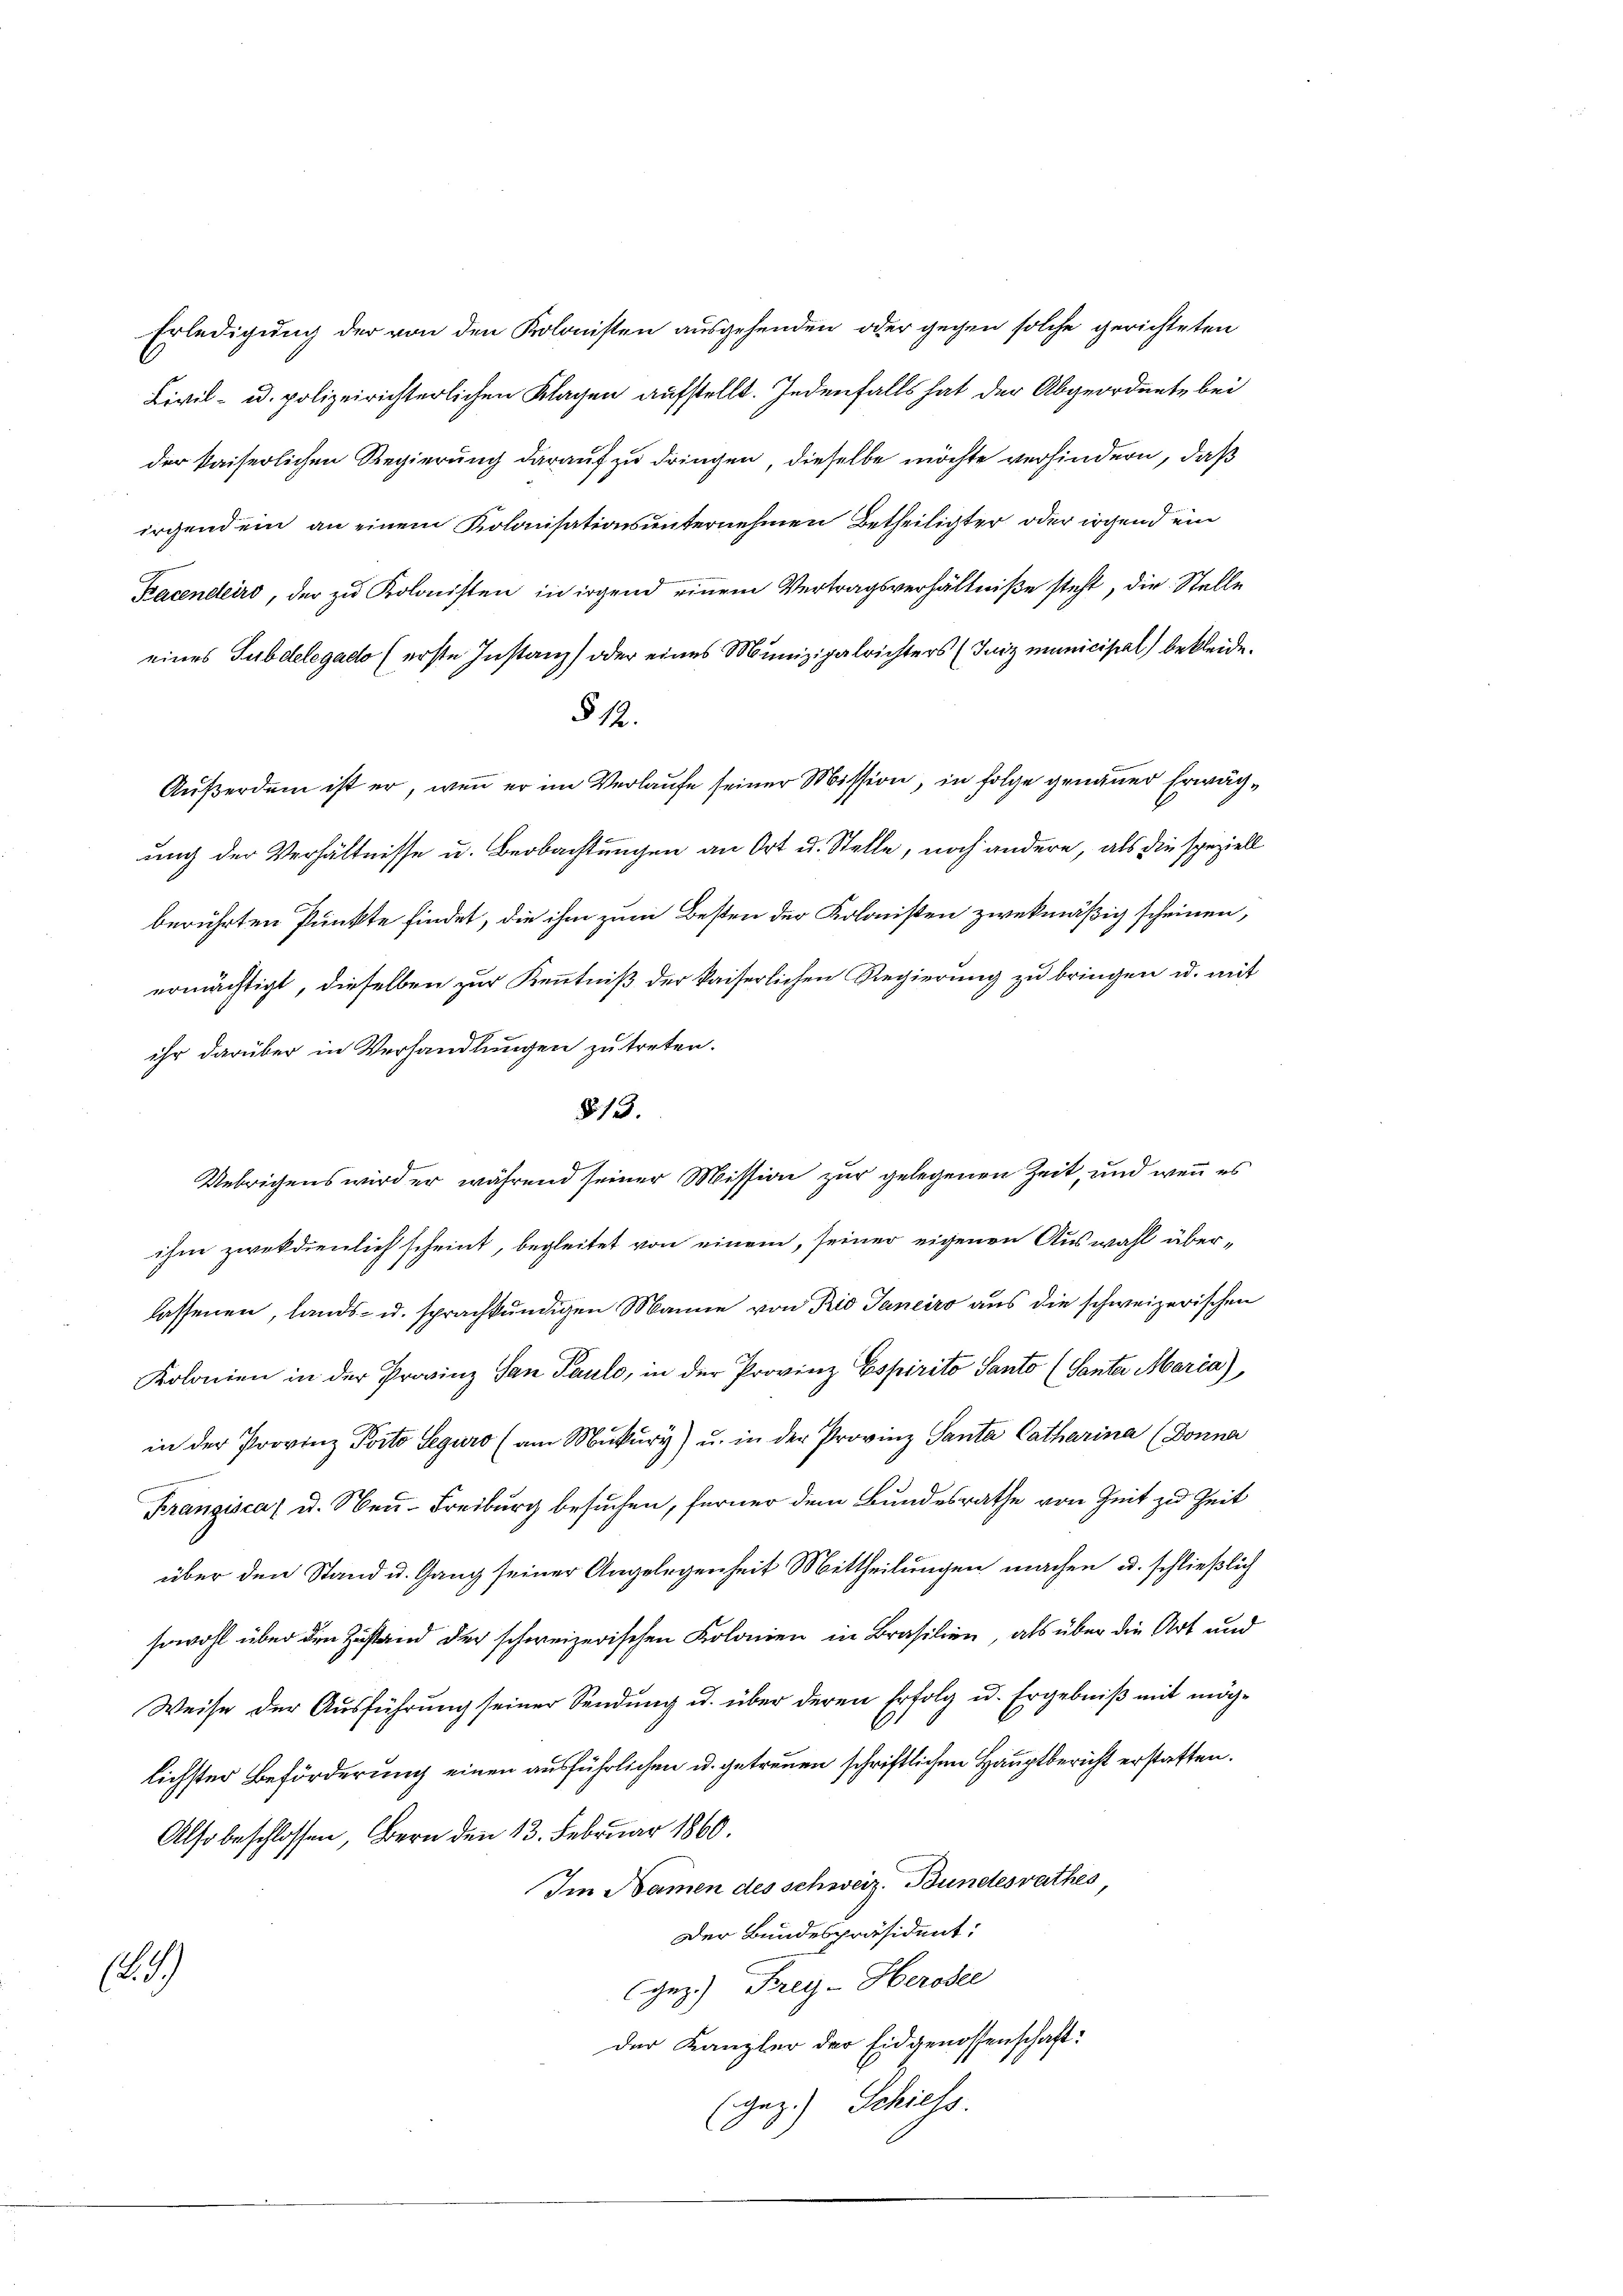
Erledigung der von den Kolonisten ausgehenden oder gegen solche gerichteten
Civil- u. polizeirichterlichen Klagen aufstellt. Jedenfalls hat der Abgeordnete bei
der kaiserlichen Regierung darauf zu dringen, dieselbe möchte verhindern, daß
irgendem an einem Kolonisationsunternehmen Betheiligter oder irgend ein
Kacendeiro, der zŭ Kolonisten in irgend einem Vertragsverhältniße steht, die Stelle
eines Subdelegatte (erste Instanz) oder eines Munizipalrichters (Juiz municipial) bekleide.
§ 12.
Außerdem ist er, wenn er im Verlaufe seiner Mission, in Folge genauer Erwächung der Verhältnisse u. Beobachtungen an Ort u. Stelle, noch andere, als die speziell
berührten Punkte findet, die ihm zum Besten der Kolonisten zwekmäßig scheinen,
ermächtigt, dieselben zur Kenntniß der kaiserlichen Regierung zu bringen u. mit
ihr darüber in Verhandlungen zu treten.
§. 13.
Uebrigens wird er während seiner Mission zur gelegenen Zeit, und wenn es
ihm zwekdienlich scheint, begleitet von einem, seiner eigenen Auswahl überlassenen, lands- u. sprachkundigen Manne von Rio Janeiro aus die schweizerischen
Kolonien in der Provinz San Pauls, in der Provinz Espirito Santo (Sante Maria),
in der Provinz Porto Leguro (am Mŭkŭry) u. in der Provinz Santa Catharina (Donna
Krangisca u. Neu-Freiburg besuchen, ferner dem Bundesrathe von Zeit zu Zeit
über den Stand u. Gang seiner Angelegenheit Mittheilungen machen u. schließlich
sowohl über den Zustand der schweizerischen Kolonien in Brasilien, als über die Art und
Weise der Ausführung seiner Sendung u. über deren Erfolg u. Ergebniß mit mög-
lichster Beförderung einen ausführlichen u. getreuen schriftlichen Hauptbericht erstatten.
Also beschlossen, Bern den 13. Februar 1860.
Im Namen des schweiz. Bundesrathes
Der Bundespräsident:
1239
gez.) Frey-Herodel
der Kanzler der Eidgenossenschaft:
(gez.) Schiess.